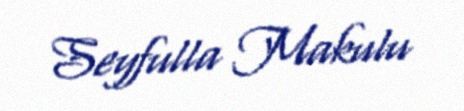
Seyfulla Makulu